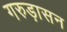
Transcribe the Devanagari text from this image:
गरुड़ासन